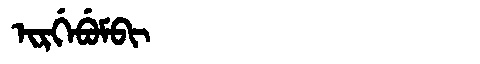
Manchu: ᡳᡵᡤᡝᠪᡠᠮᠪᡳ
Romanization: IRGEBUMBI